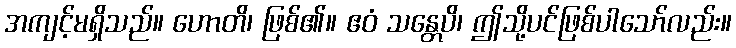
အကျင့်မရှိသည်။ ဟောတိ၊ ဖြစ်၏။ ဧဝံ သန္တေပိ၊ ဤသို့ပင်ဖြစ်ပါသော်လည်း။